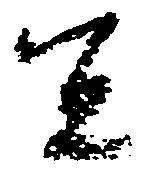
宜